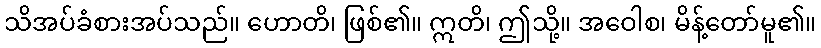
သိအပ်ခံစားအပ်သည်။ ဟောတိ၊ ဖြစ်၏။ ဣတိ၊ ဤသို့။ အဝေါစ၊ မိန့်တော်မူ၏။